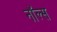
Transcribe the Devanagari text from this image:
नॉल्स